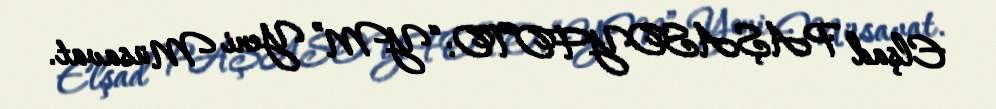
Elşad PAŞASOYFOTO: “YM” Yeni Müsavat.